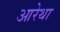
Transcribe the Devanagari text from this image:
आरेथा